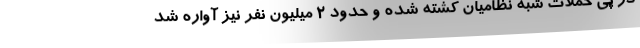
در پی حملات شبه نظامیان کشته شده و حدود ۲ میلیون نفر نیز آواره شد